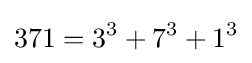
371=3^{3}+7^{3}+1^{3}